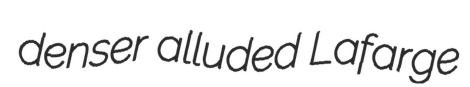
denser alluded Lafarge